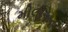
મીલીઅન